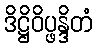
ဒိဋ္ဌိဝိပ္ဖန္ဒိတံ